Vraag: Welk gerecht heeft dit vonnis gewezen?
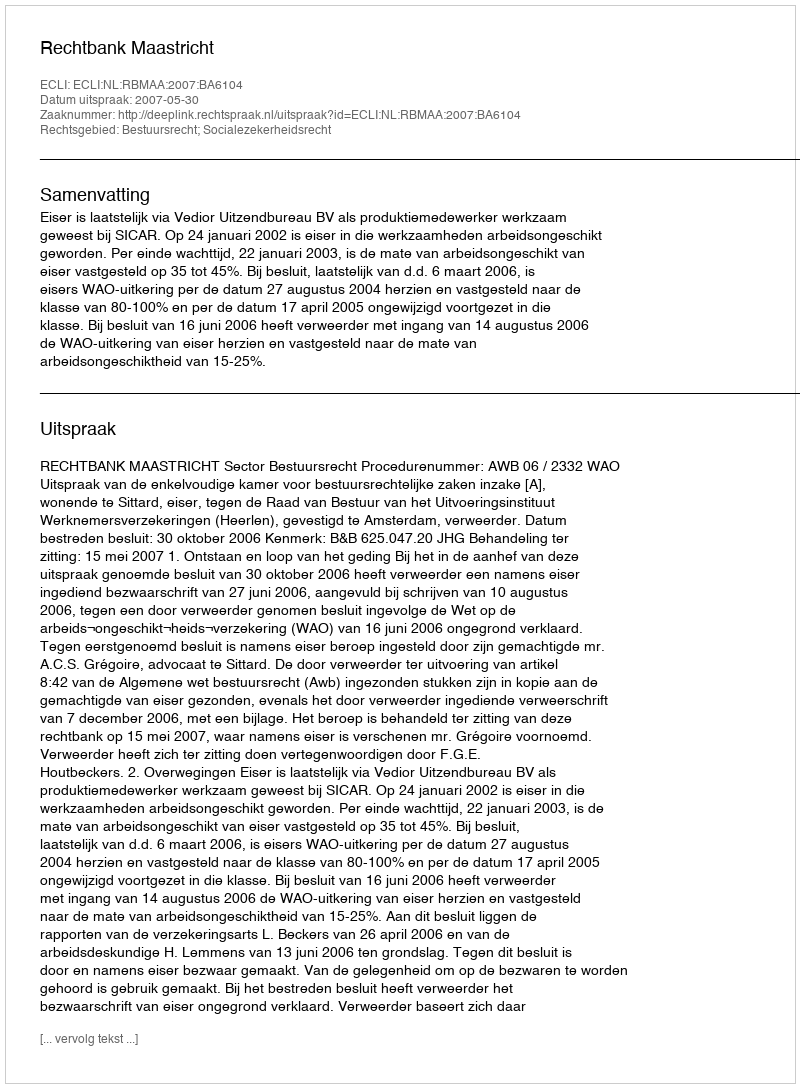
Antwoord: Rechtbank Maastricht